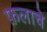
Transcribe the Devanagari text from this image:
फ़लाचे